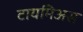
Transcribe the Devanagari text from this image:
टायमिअस